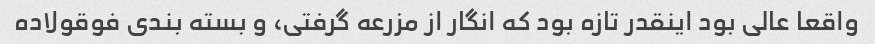
واقعا عالی بود اینقدر تازه بود که انگار از مزرعه گرفتی، و بسته بندی فوقولاده